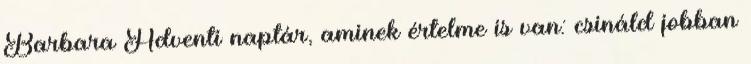
Barbara Adventi naptár, aminek értelme is van: csináld jobban